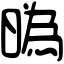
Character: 㬙